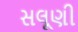
સલૂણી